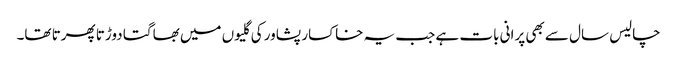
چالیس سال سے بھی پرانی بات ہے جب یہ خاکسار پشاور کی گلیوں میں بھاگتا دوڑتا پھرتا تھا۔